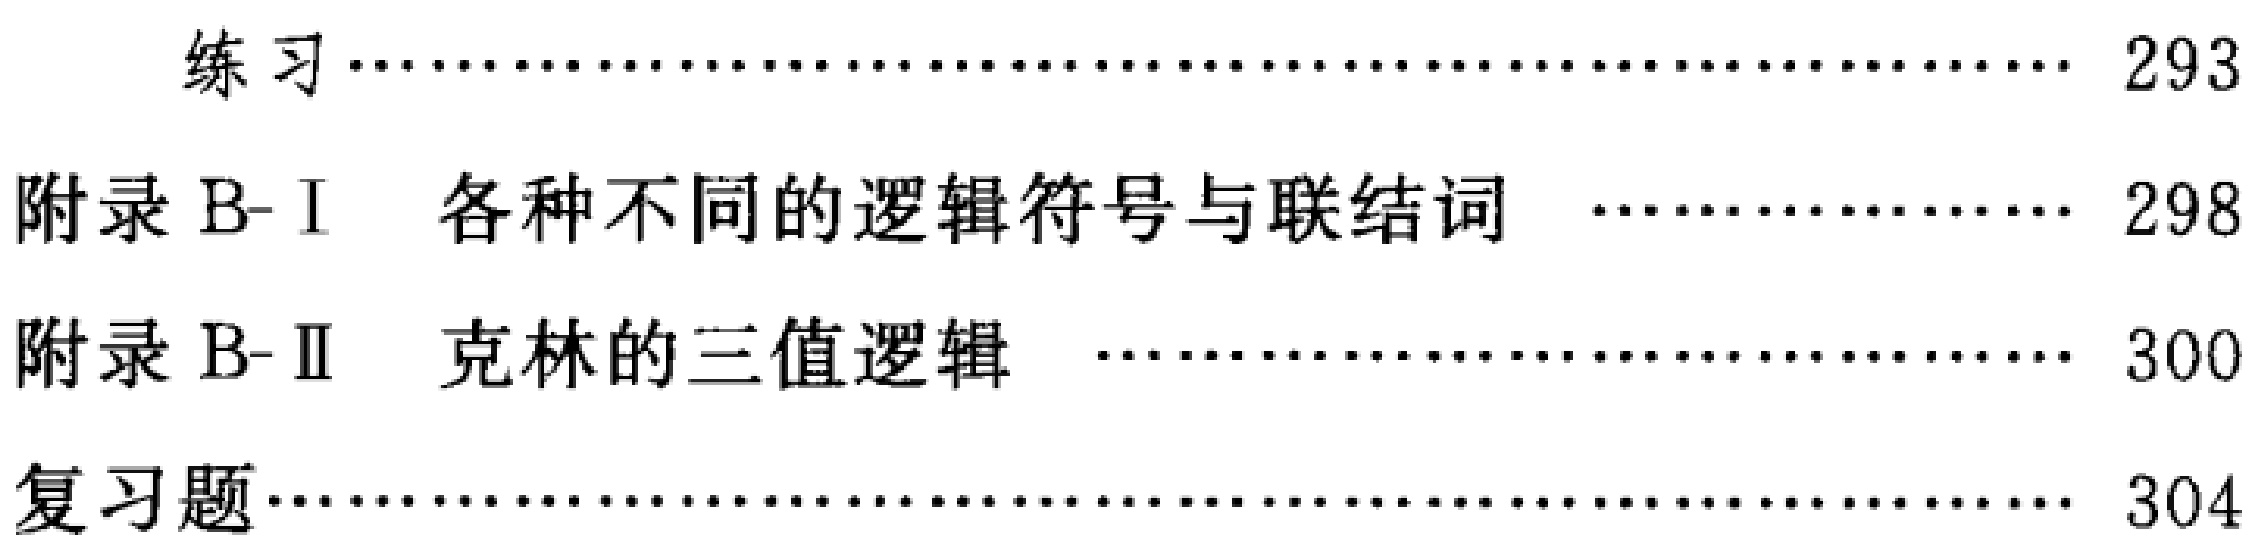
\begin{enumerate}

\item 练习.................................................. 293

\item 附录 B-I  各种不同的逻辑符号与联结词 ............... 298

\item 附录 B-II  克林的三值逻辑 ........................... 300

\item 复习题................................................ 304

\end{enumerate}